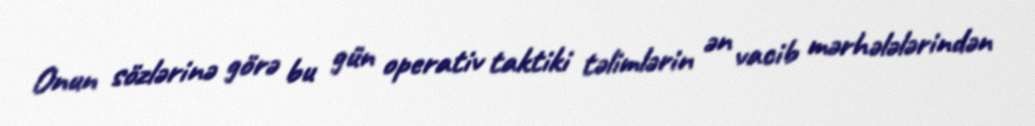
Onun sözlərinə görə bu gün operativ taktiki təlimlərin ən vacib mərhələlərindən